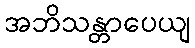
အဘိသန္တာပေယျ